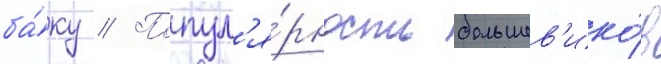
ба́ку // Попул'я́рность большев'ико́в